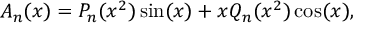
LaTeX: A _ { n } ( x ) = P _ { n } ( x ^ { 2 } ) \sin ( x ) + x Q _ { n } ( x ^ { 2 } ) \cos ( x ) ,